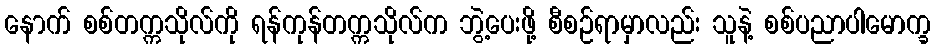
နောက် စစ်တက္ကသိုလ်ကို ရန်ကုန်တက္ကသိုလ်က ဘွဲ့ပေးဖို့ စီစဉ်ရာမှာလည်း သူနဲ့ စစ်ပညာပါမောက္ခ